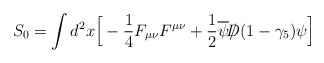
\begin{align*}S_0 = \int d^2x \Big[ -{1\over 4} F_{\mu\nu} F^{\mu\nu} +{1\over 2}\overline \psi {\slash\!\!\!\!D} (1-\gamma_5) \psi \Big]\end{align*}